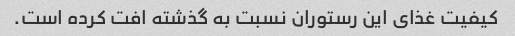
کیفیت غذای این رستوران نسبت به گذشته افت کرده است.